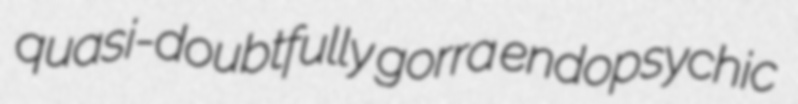
quasi-doubtfully gorra endopsychic